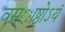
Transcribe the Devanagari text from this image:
वस्ाष्ठोऽयं